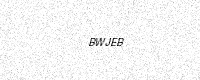
Text: BWJEB